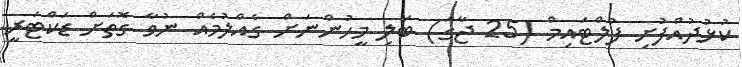
ކުޅުދުއްފުށި ފުލްޓައިމް (25 ޖާގަ) ބަލި މީހުންނަށް ގެއްލުމެއް ނުވާ ގޮތަށް ޑަކްޓަރީ